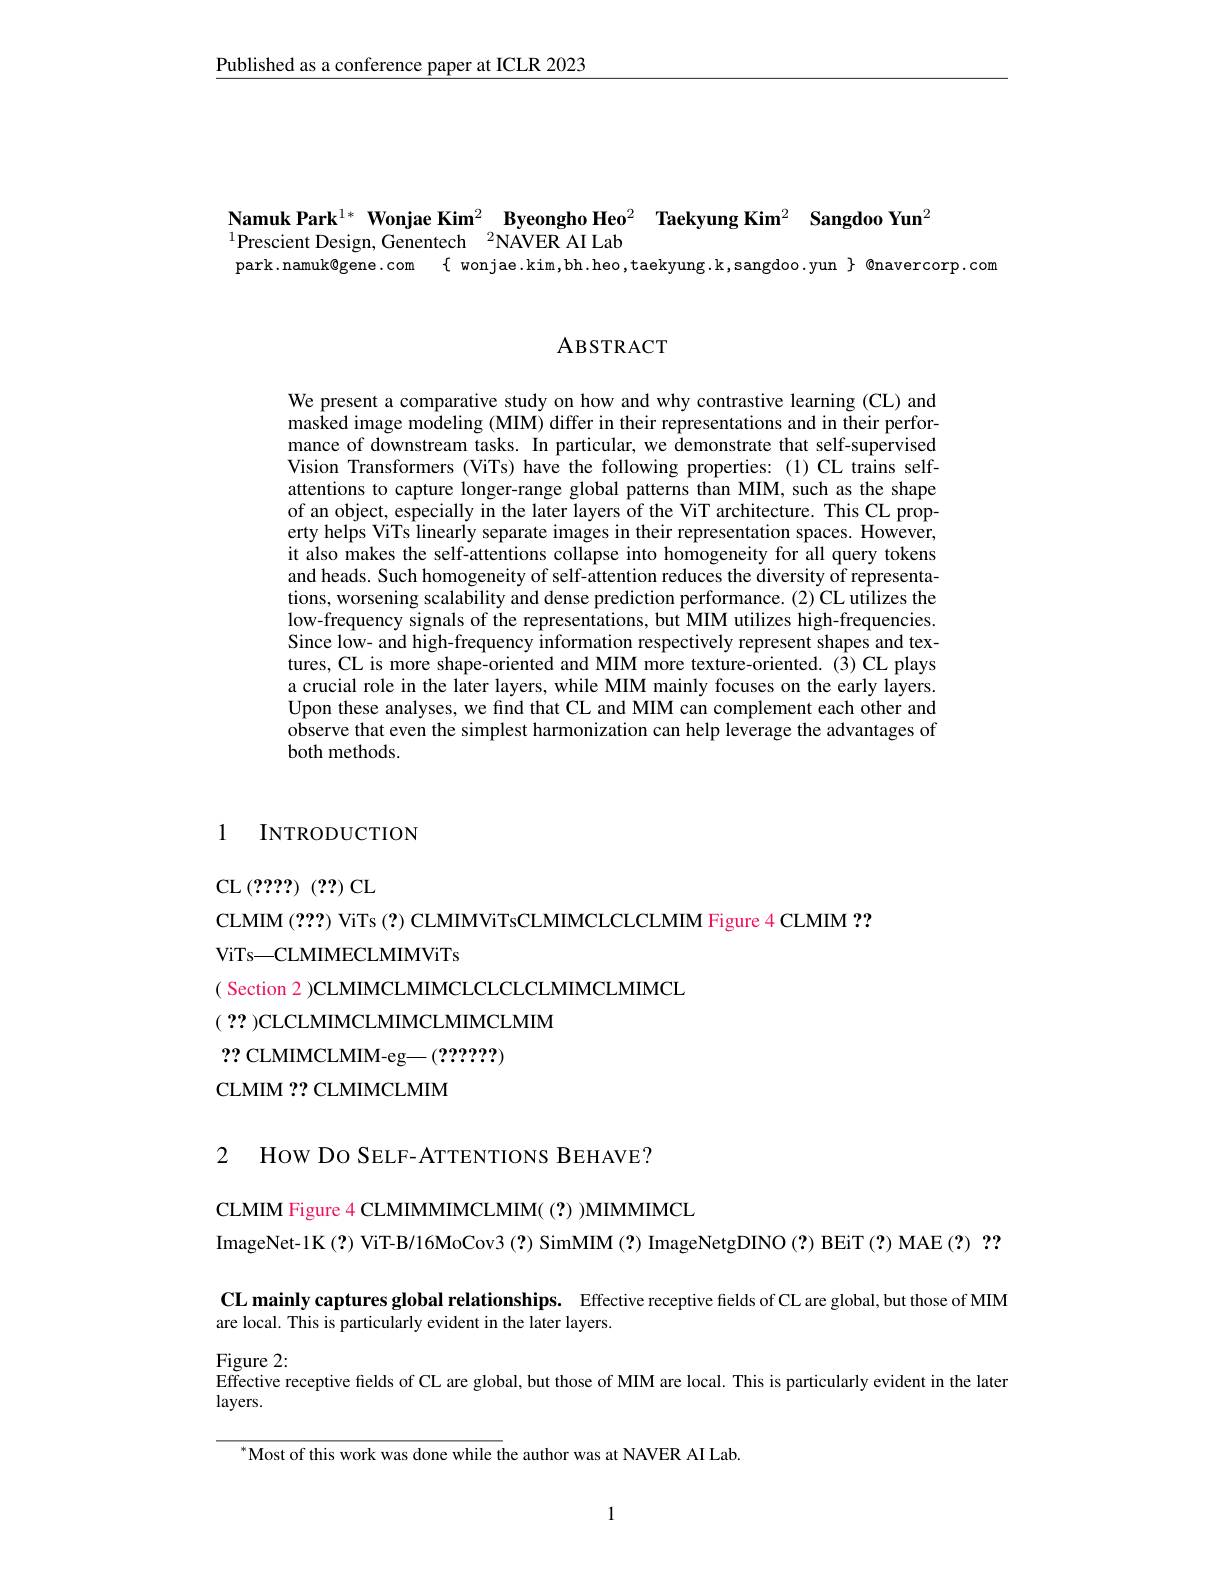
Published as a conference paper at ICLR 2023

Namuk Park$^{1*}$ Wonjae Kim$^2$ Byeongho Heo$^2$ Taekyung Kim$^2$ Sangdoo Yun$^2$
$^{1}$Prescient Design, Genentech$^2$NAVER AI Lab
park.namuk@gene.com $\{$ wonjae.kim,bh.heo,taekyung.k,sangdoo.yun $\}$ @navercorp.com

ABSTRACT

We present a comparative study on how and why contrastive learning (CL) and masked image modeling (MIM) differ in their representations and in their performance of downstream tasks. In particular, we demonstrate that self-supervised Vision Transformers (ViTs) have the following properties:(1)CL trains selfattentions to capture longer-range global patterns than MIM, such as the shape of an object, especially in the later layers of the ViT architecture. This CL property helps ViTs linearly separate images in their representation spaces. However, it also makes the self-attentions collapse into homogeneity for all query tokens and heads. Such homogeneity of self-attention reduces the diversity of representations, worsening scalability and dense prediction performance.(2) CL utilizes the low-frequency signals of the representations, but MIM utilizes high-frequencies. Since low- and high-frequency information respectively represent shapes and textures, CL is more shape-oriented and MIM more texture-oriented. ($\hat{3})$ CL plays a crucial role in the later layers, while MIM mainly focuses on the early layers. Upon these analyses, we find that CL and MIM can complement each other and observe that even the simplest harmonization can help leverage the advantages of both methods.

### 1 INTRODUCTION

CL (????) (??) CL
CLMIM (2??) ViTs (?) CLMIMViTsCLMIMCLCLCLMIM Figure 4 CLMIM ??
ViTs—CLMIMECLMIMViTs
( Section 2 )CLMIMCLMIMCLCLCLMIMCLMIMCL
$(\begin{array}{c}??\end{array})$CLCLMIMCLMIMCLMIM
?? CLMIMCLMIM-eg—(??????)
CLMIM ?? CLMIMCLMIM

2 How Do SELF-ATTENTIONS BEHAVE?

CLMIM Figure 4 CLMIMMIMCLMIM( (?) MIMMIMCL
ImageNet-1K (?) ViT-B/16MoCov3 (?) SimMIM (?) ImageNetgDINO (?) BEiT (?) MAE (?) ?? CL mainly captures global relationships. Effective receptive fields of CL are global, but those of MIM are local. This is particularly evident in the later layers.
$\operatorname{Figure}2:$
Effective receptive fields of CL are global, but those of MIM are local. This is particularly evident in the later
layers.
$^{*}$Most of this work was done while the author was at NAVER AI Lab

1